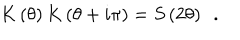
LaTeX: K \left( \theta \right) K \left( \theta + i \pi \right) = S \left( 2 \theta \right) \, \, \, .